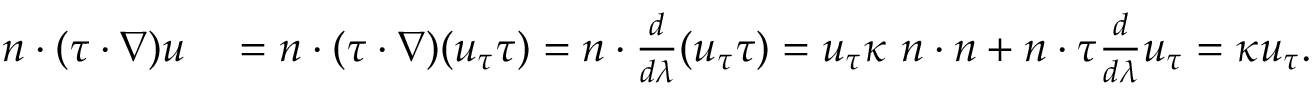
\begin{array} { r l } { n \cdot ( \tau \cdot \nabla ) u } & { { } = n \cdot ( \tau \cdot \nabla ) ( u _ { \tau } \tau ) = n \cdot \frac { d } { d \lambda } ( u _ { \tau } \tau ) = u _ { \tau } \kappa \ n \cdot n + n \cdot \tau \frac { d } { d \lambda } u _ { \tau } = \kappa u _ { \tau } . } \end{array}